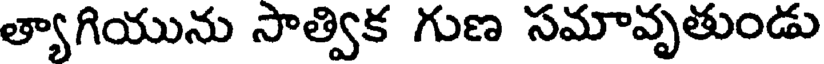
త్యాగియును సాత్విక గుణ సమావృతుండు